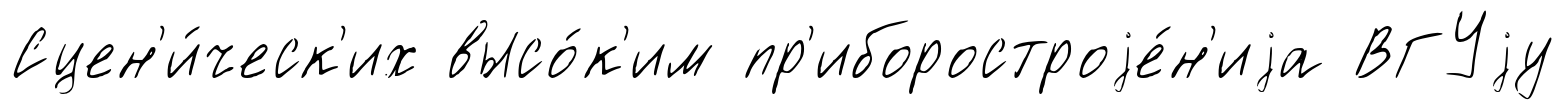
Сцен'и́ческ'их высо́к'им пр'иборостроjе́н'иjа ВГУjу